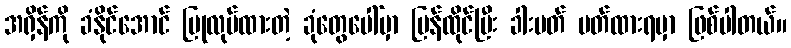
အရှိန်ကို ခံနိုင်အောင် ပြုလုပ်ထားတဲ့ ခုံတွေပေါ်မှာ ပြန်ထိုင်ပြီး ခါးပတ် ပတ်ထားရမှာ ဖြစ်ပါတယ်။